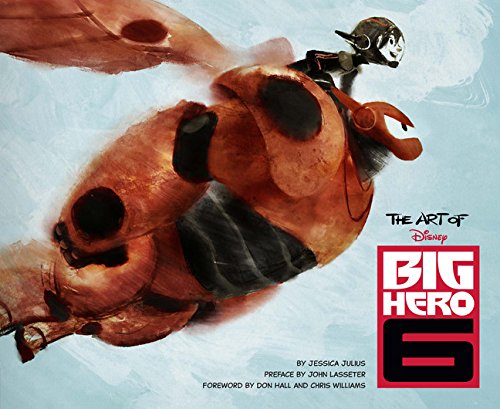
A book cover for The Art of Big Hero 6; Jessica Julius; Humor & Entertainment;